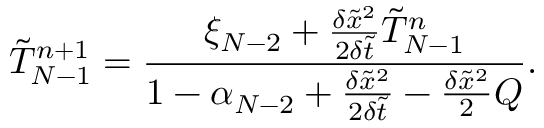
\tilde { T } _ { N - 1 } ^ { n + 1 } = \frac { { { \xi _ { N - 2 } } + \frac { { \delta { { \tilde { x } } ^ { 2 } } } } { { 2 \delta \tilde { t } } } \tilde { T } _ { N - 1 } ^ { n } } } { { 1 - { \alpha _ { N - 2 } } + \frac { { \delta { { \tilde { x } } ^ { 2 } } } } { { 2 \delta \tilde { t } } } - \frac { { \delta { { \tilde { x } } ^ { 2 } } } } { 2 } Q } } .